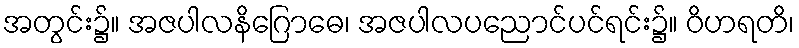
အတွင်း၌။ အဇပါလနိဂြောဓေ၊ အဇပါလပညောင်ပင်ရင်း၌။ ဝိဟရတိ၊